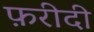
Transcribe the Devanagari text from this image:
फ़रीदी